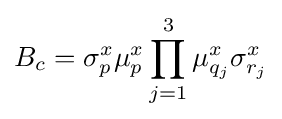
B_{c}=\sigma _{p}^{x}\mu _{p}^{x}\prod _{j=1}^{3}\mu _{q_{j}}^{x}\sigma _{r_{j}}^{x}